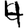
Digit: 4